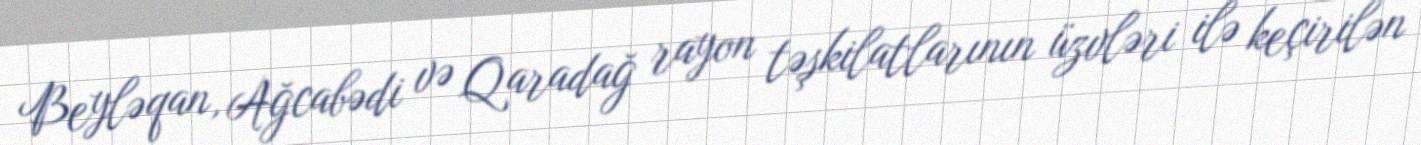
Beyləqan, Ağcabədi və Qaradağ rayon təşkilatlarının üzvləri ilə keçirilən